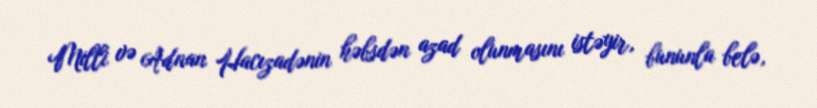
Milli və Adnan Hacızadənin həbsdən azad olunmasını istəyir, bununla belə,